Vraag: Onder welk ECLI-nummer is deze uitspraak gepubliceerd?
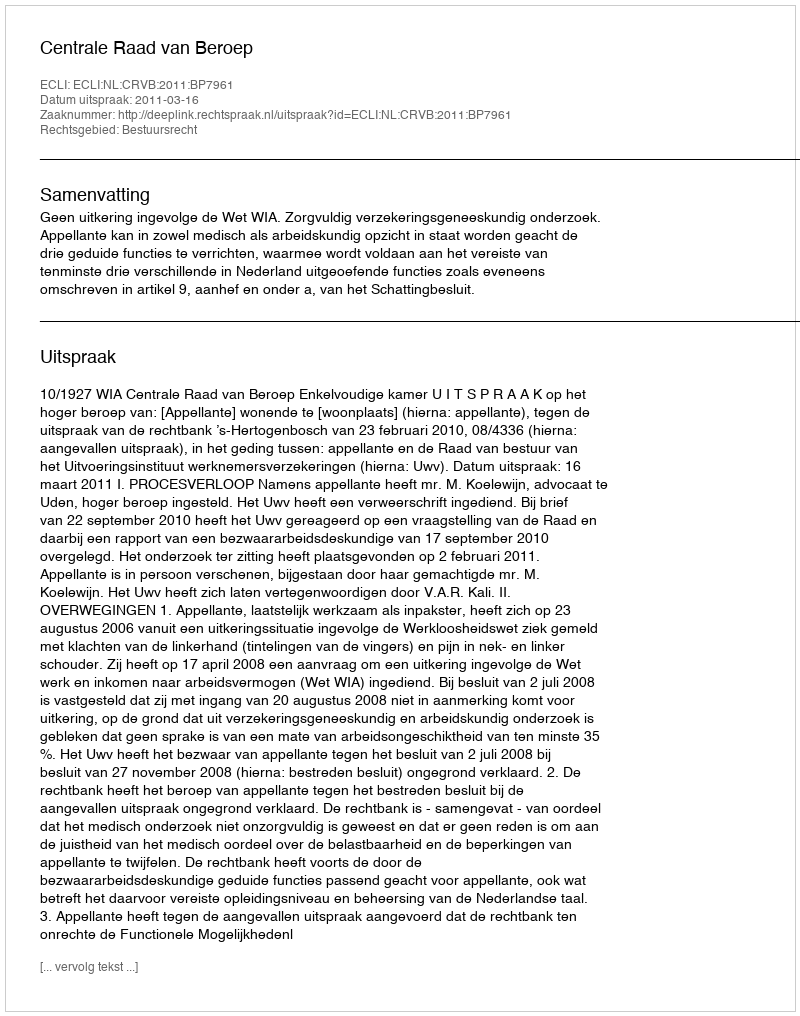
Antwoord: ECLI:NL:CRVB:2011:BP7961